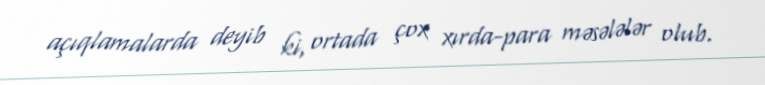
açıqlamalarda deyib ki, ortada çox xırda-para məsələlər olub.